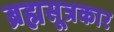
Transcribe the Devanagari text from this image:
ब्रह्मसूत्रकार